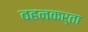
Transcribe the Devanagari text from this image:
वहनकर्ता